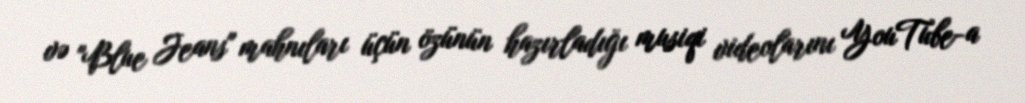
və "Blue Jeans" mahnıları üçün özünün hazırladığı musiqi videolarını YouTube-a